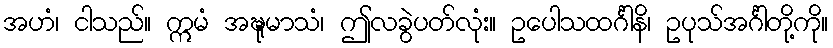
အဟံ၊ ငါသည်။ ဣမံ အဍ္ဎုမာသံ၊ ဤလခွဲပတ်လုံး။ ဥပေါသထင်္ဂါနိ၊ ဥပုသ်အင်္ဂါတို့ကို။